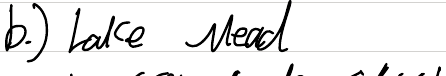
b.) Lake Mead